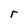
Character: r